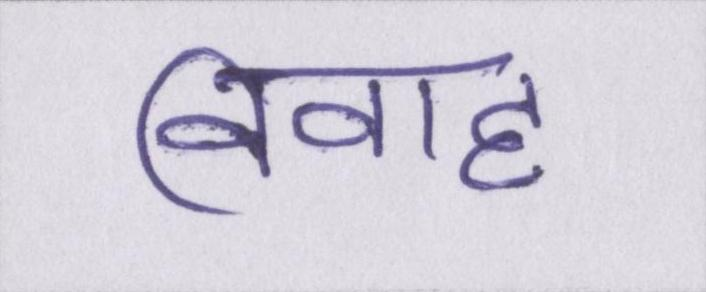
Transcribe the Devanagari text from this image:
विवाह